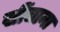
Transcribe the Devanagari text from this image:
खींचाना